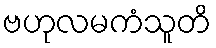
ဗဟုလမကံသူတိ